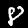
Digit: 8